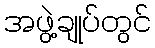
အဖွဲ့ချုပ်တွင်